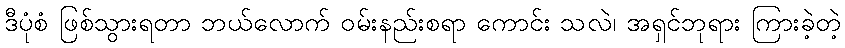
ဒီပုံစံ ဖြစ်သွားရတာ ဘယ်လောက် ဝမ်းနည်းစရာ ကောင်း သလဲ၊ အရှင်ဘုရား ကြားခဲ့တဲ့